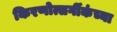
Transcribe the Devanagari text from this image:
किरणोत्सर्गीकंच्या